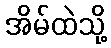
အိမ်ထဲသို့